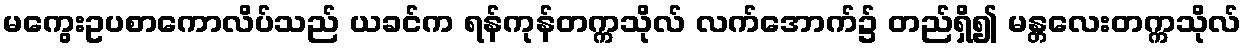
မကွေးဥပစာကောလိပ်သည် ယခင်က ရန်ကုန်တက္ကသိုလ် လက်အောက်၌ တည်ရှိ၍ မန္တလေးတက္ကသိုလ်